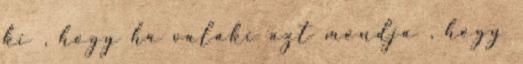
ki , hogy ha valaki azt mondja , hogy